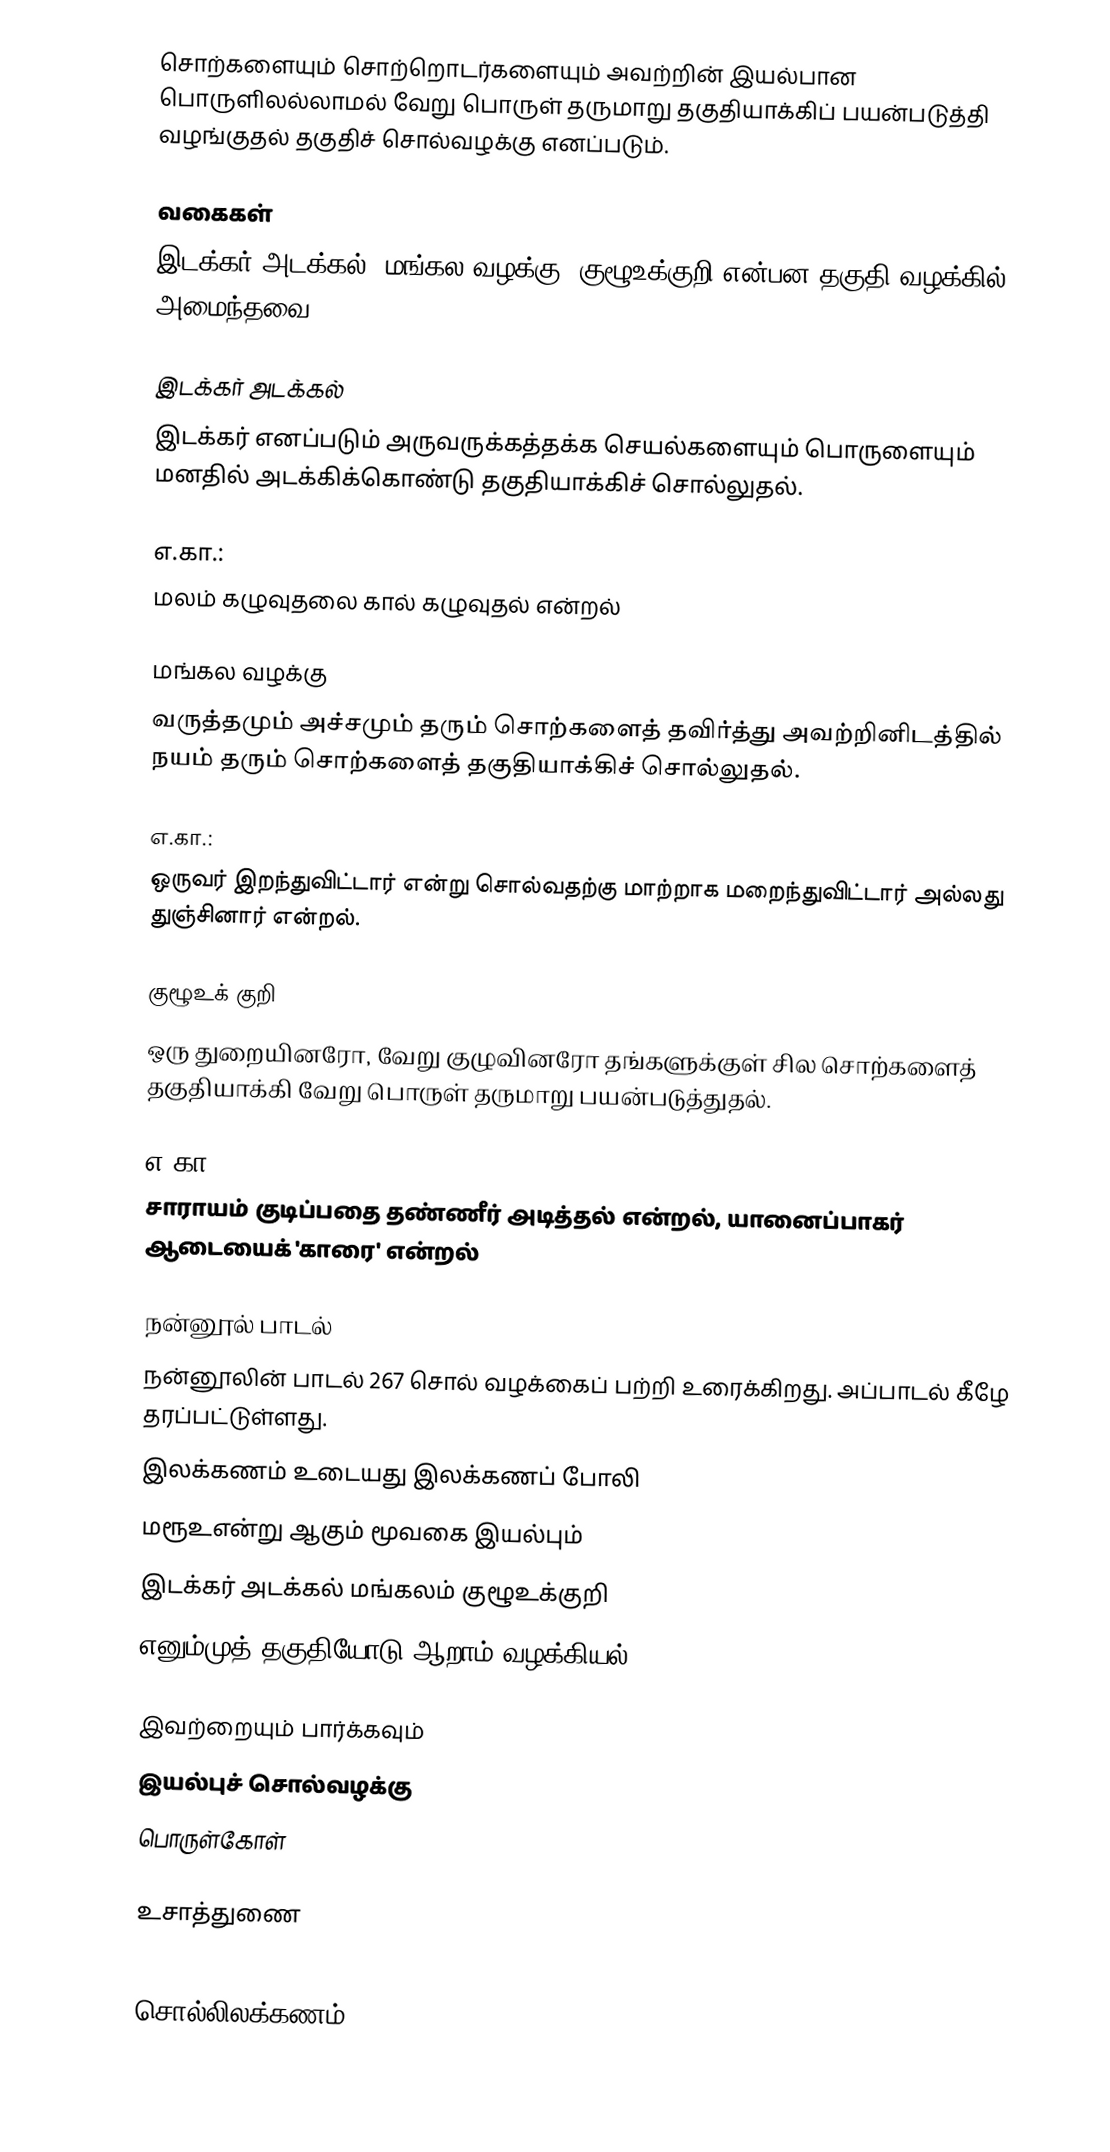
சொற்களையும் சொற்றொடர்களையும் அவற்றின் இயல்பான பொருளிலல்லாமல் வேறு பொருள் தருமாறு தகுதியாக்கிப் பயன்படுத்தி வழங்குதல் தகுதிச் சொல்வழக்கு எனப்படும்.

வகைகள்
இடக்கர் அடக்கல், மங்கல வழக்கு, குழூஉக்குறி என்பன தகுதி வழக்கில் அமைந்தவை.

இடக்கர் அடக்கல்
இடக்கர் எனப்படும் அருவருக்கத்தக்க செயல்களையும் பொருளையும் மனதில் அடக்கிக்கொண்டு தகுதியாக்கிச் சொல்லுதல்.

எ.கா.:
மலம் கழுவுதலை கால் கழுவுதல் என்றல்

மங்கல வழக்கு
வருத்தமும் அச்சமும் தரும் சொற்களைத் தவிர்த்து அவற்றினிடத்தில் நயம் தரும் சொற்களைத் தகுதியாக்கிச் சொல்லுதல்.

எ.கா.:
ஒருவர் இறந்துவிட்டார் என்று சொல்வதற்கு மாற்றாக மறைந்துவிட்டார் அல்லது துஞ்சினார் என்றல்.

குழூஉக் குறி
ஒரு துறையினரோ, வேறு குழுவினரோ தங்களுக்குள் சில சொற்களைத் தகுதியாக்கி வேறு பொருள் தருமாறு பயன்படுத்துதல்.

எ.கா.:
சாராயம் குடிப்பதை தண்ணீர் அடித்தல் என்றல், யானைப்பாகர் ஆடையைக் 'காரை' என்றல்

நன்னூல் பாடல்
நன்னூலின் பாடல் 267 சொல் வழக்கைப் பற்றி உரைக்கிறது. அப்பாடல் கீழே தரப்பட்டுள்ளது.
 இலக்கணம் உடையது இலக்கணப் போலி
 மரூஉஎன்று ஆகும் மூவகை இயல்பும்
 இடக்கர் அடக்கல் மங்கலம் குழூஉக்குறி
 எனும்முத் தகுதியோடு ஆறாம் வழக்கியல்.

இவற்றையும் பார்க்கவும்
 இயல்புச் சொல்வழக்கு
 பொருள்கோள்

உசாத்துணை

சொல்லிலக்கணம்